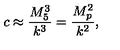
c \approx \frac { M _ { 5 } ^ { 3 } } { k ^ { 3 } } = \frac { M _ { p } ^ { 2 } } { k ^ { 2 } } ,